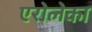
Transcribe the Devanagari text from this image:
एरोलेका